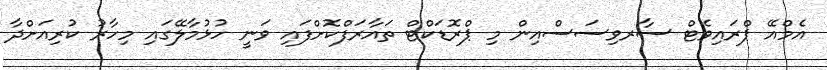
އެމްއޭ ޕްރައިވެޓް ސާރވިސަސްއިން މި ޕްރޮޑަކްޓް ތައާރަފްކޮށްފައި ވަނީ ހުޅުމާލޭގައި މިހާރު ކުރިއަށްދާ